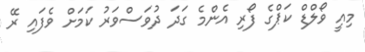
މިއީ ވޯލްޑް ކަޕްގެ ފޯރި އެންމެ ގަދަ ދުވަސްވަރު ކަމަށް ވެފައި ރޭ